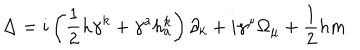
\Delta = i \left( \frac 1 2 h \gamma ^ { k } + \gamma ^ { a } h _ { a } ^ { k } \right) \partial _ { k } + i \gamma ^ { \mu } \Omega _ { \mu } + \frac 1 2 h m